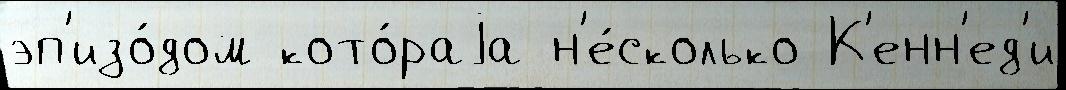
эп'изо́дом кото́раjа н'е́сколько К'енн'ед'и